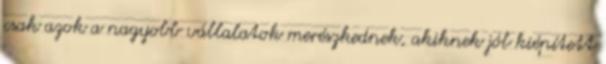
csak azok a nagyobb vállalatok merészkednek, akiknek jól kiépített